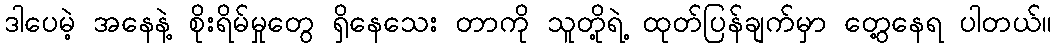
ဒါပေမဲ့ အနေနဲ့ စိုးရိမ်မှုတွေ ရှိနေသေး တာကို သူတို့ရဲ့ ထုတ်ပြန်ချက်မှာ တွေ့နေရ ပါတယ်။